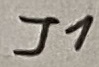
Text: J1